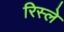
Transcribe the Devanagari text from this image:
रिस्ले